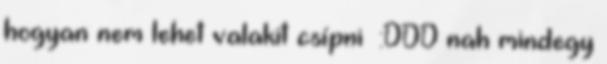
hogyan nem lehet valakit csípni :DDD nah mindegy